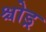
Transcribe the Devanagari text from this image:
श्चोड्र